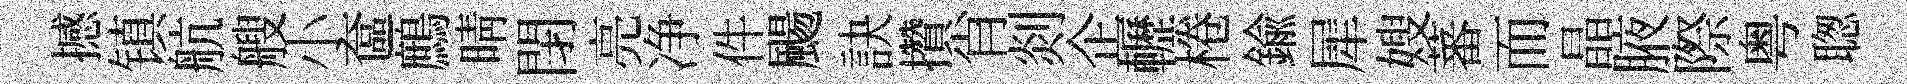
撼镇航艘小奩鷓晴閉亮净件颺訣攢肖剡企轣棬鍮犀嫂蕃而晶腋際粤聦